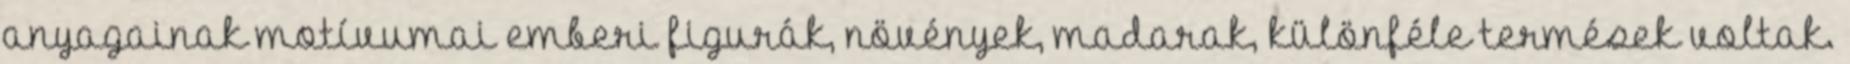
anyagainak motívumai emberi figurák, növények, madarak, különféle termések voltak.